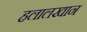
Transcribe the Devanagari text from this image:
हलालखान